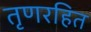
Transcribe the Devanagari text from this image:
तृणरहित